Riigikantselei, lk 304
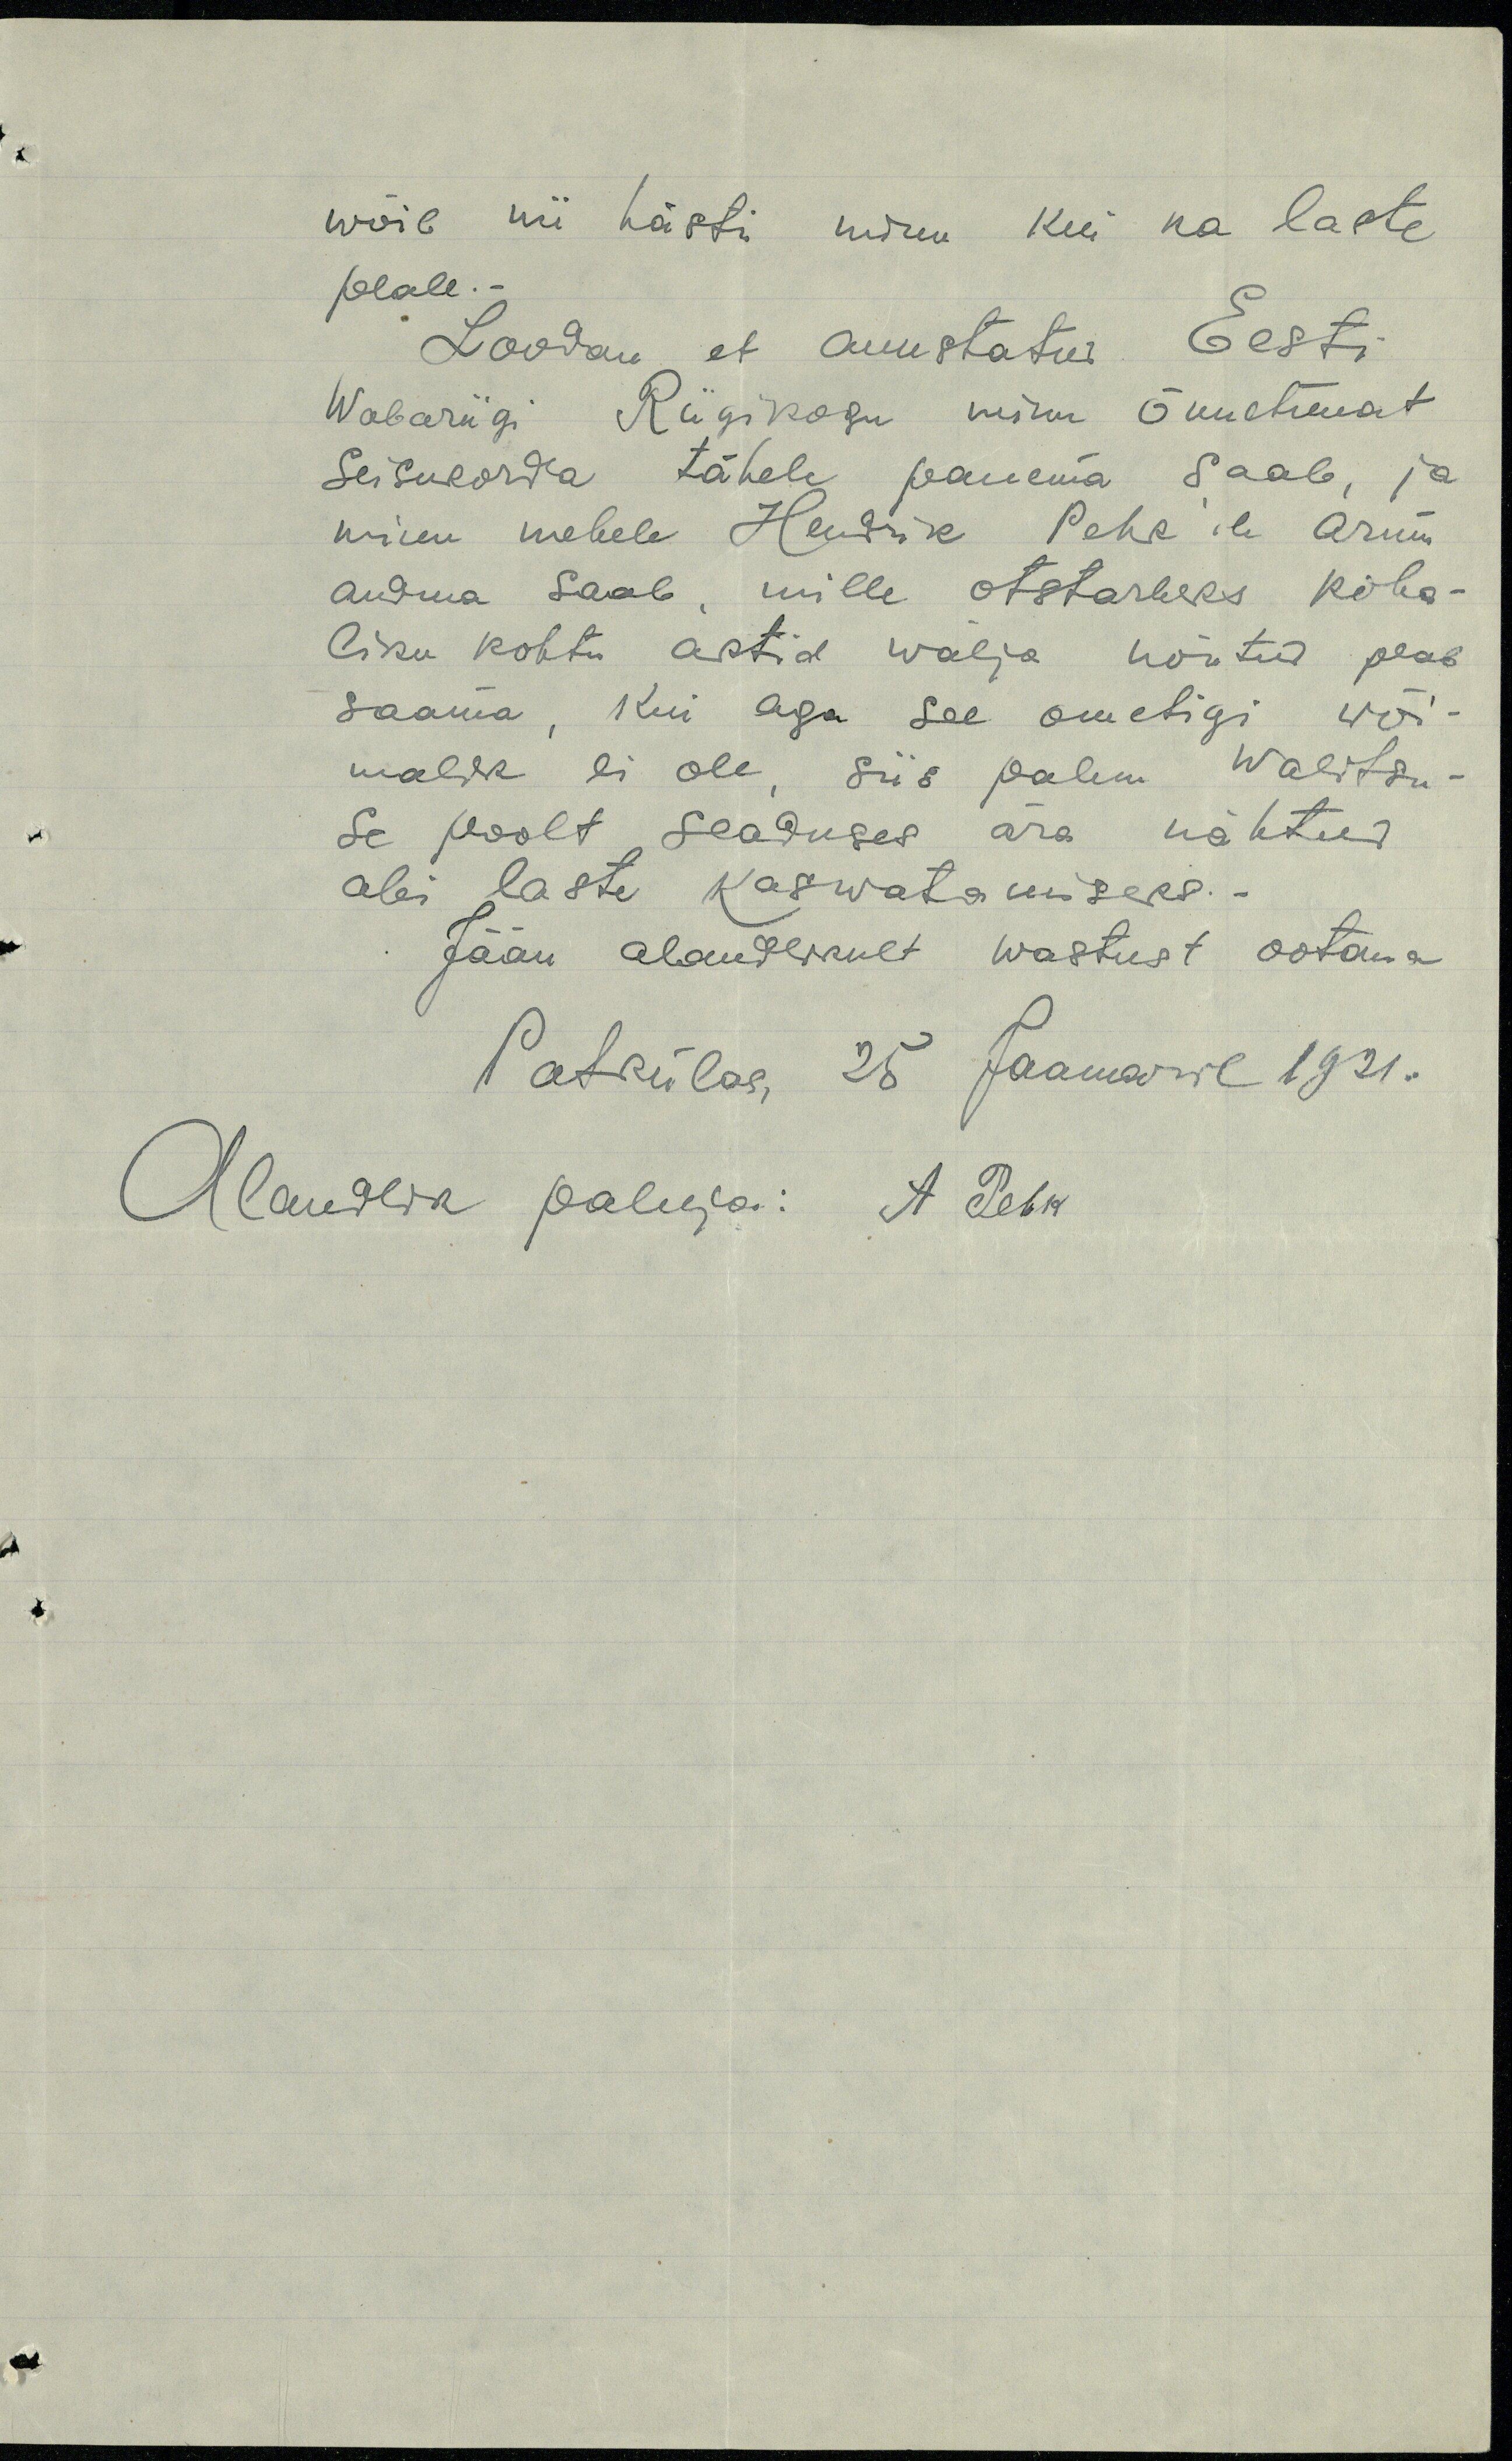
wõib nii hästi minu kui ka laste
peale.
Loodan, et auustatus Eesti
Wabariigi Riigikogu minu õnnetumat
seisukorda tähele panema saab, ja
minu mehele Hendrik Pehk'ile armu
andma saab, mille otstarbeks koha-
liku kohtu aktid wälja nõutud peab
saama, kui aga see ometigi wõi-
malik ei ole, siis palun Walitsu-
se poolt seaduses ära nähtud
abi laste kaswatamiseks.
Jään alandlikult wastust ootama
Patkülas, 25 Jaanuaril 1921.
Alandlik paluja: A Pehk